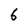
Character: 6